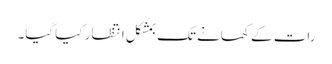
رات کے کھانے تک بمشکل انتظار کیا گیا۔